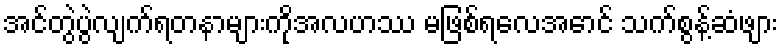
အင်တွဲပွဲလျက်ရတနာများကိုအလဟဿ မဖြစ်ရလေအောင် သက်စွန့်ဆံဖျား